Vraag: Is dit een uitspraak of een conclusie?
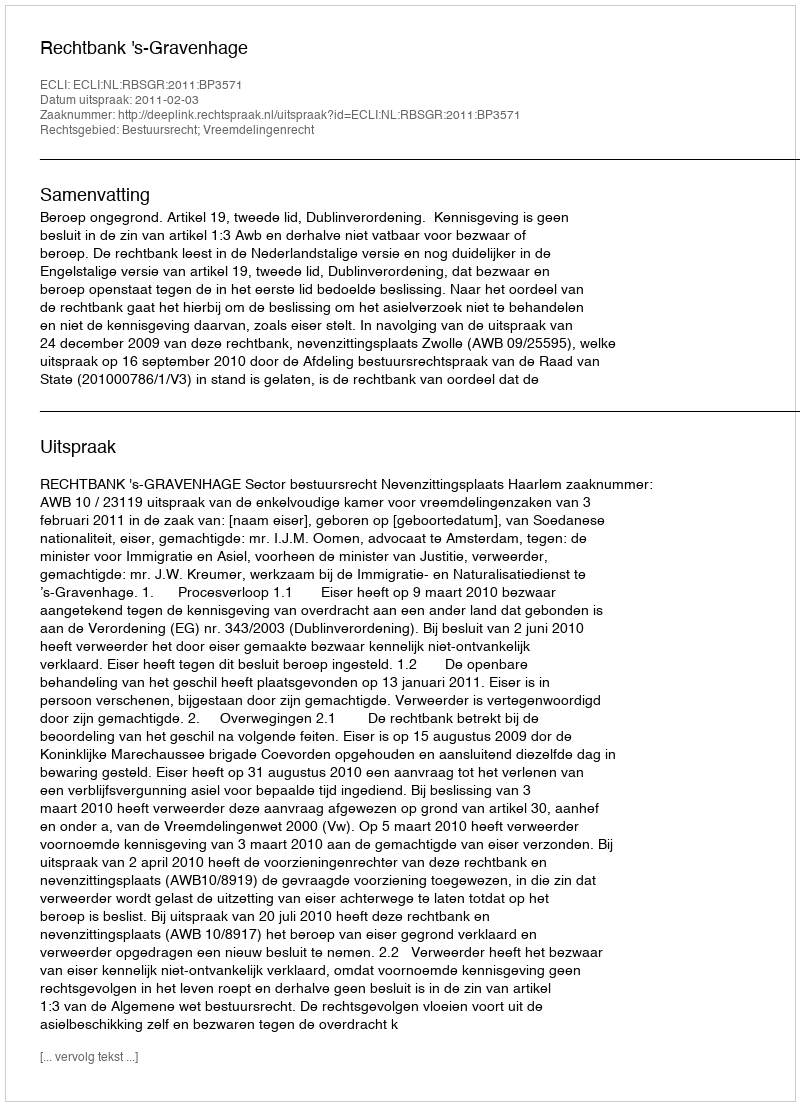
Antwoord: Uitspraak